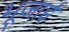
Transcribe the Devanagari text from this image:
भूजाई